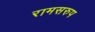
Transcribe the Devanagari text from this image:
रामसरुप